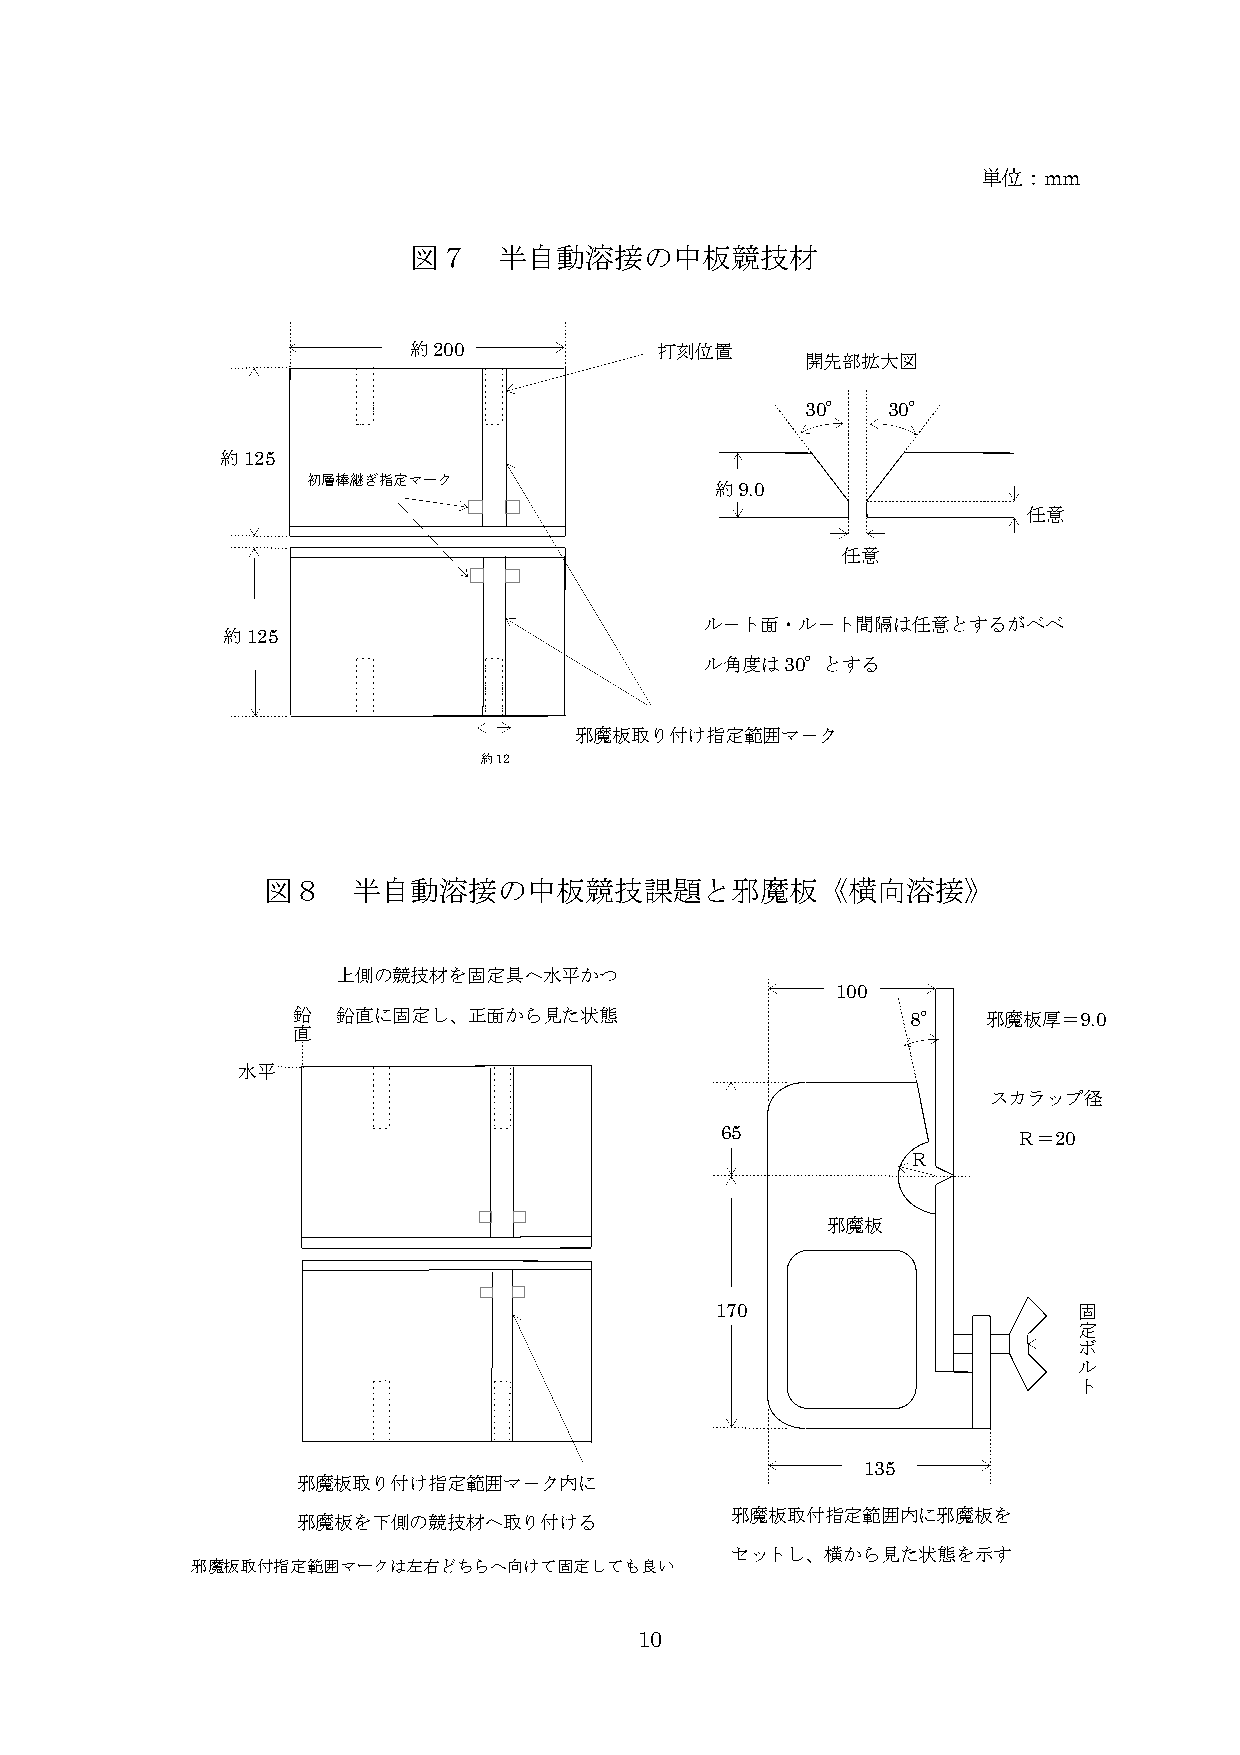
単位：mm
 図７    半自動溶接の中板競技材
 約200            打刻位置
 開先部拡大図
 30°   30°
 約125
 初層棒継ぎ指定マーク
 約9.0
 任意
 任意
 ル－ト面・ル－ト間隔は任意とするがベベ
 約125
 ル角度は30°とする
 邪魔板取り付け指定範囲マ－ク
 約12
 図８    半自動溶接の中板競技課題と邪魔板《横向溶接》
 上側の競技材を固定具へ水平かつ
 100
 鉛  鉛直に固定し、正面から見た状態                       8°   邪魔板厚＝9.0
 直
 水平
 スカラップ径
 65                 Ｒ＝20
 Ｒ
 邪魔板
 170                     固
 定
 ボ
 ル
 ト
 135
 邪魔板取り付け指定範囲マ－ク内に
 邪魔板を下側の競技材へ取り付ける
 邪魔板取付指定範囲内に邪魔板を
 セットし、横から見た状態を示す
 邪魔板取付指定範囲マークは左右どちらへ向けて固定しても良い
 10